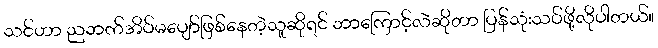
သင်ဟာ ညဘက်အိပ်မပျော်ဖြစ်နေတဲ့သူဆိုရင် ဘာကြောင့်လဲဆိုတာ ပြန်သုံးသပ်ဖို့လိုပါတယ်။